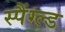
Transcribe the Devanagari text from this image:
स्पैंग्ल्ड